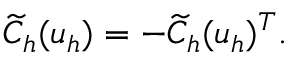
\widetilde { C } _ { h } ( \boldsymbol { u } _ { h } ) = - \widetilde { C } _ { h } ( \boldsymbol { u } _ { h } ) ^ { T } .